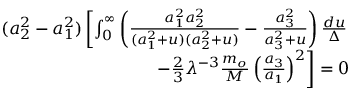
\begin{array} { r l r } & { } & { ( a _ { 2 } ^ { 2 } - a _ { 1 } ^ { 2 } ) \left[ \int _ { 0 } ^ { \infty } \left( \frac { a _ { 1 } ^ { 2 } a _ { 2 } ^ { 2 } } { ( a _ { 1 } ^ { 2 } + u ) ( a _ { 2 } ^ { 2 } + u ) } - \frac { a _ { 3 } ^ { 2 } } { a _ { 3 } ^ { 2 } + u } \right) \frac { d u } { \Delta } \right. } \\ & { } & { \left. - \frac { 2 } { 3 } \lambda ^ { - 3 } \frac { m _ { o } } { M } \left( \frac { a _ { 3 } } { a _ { 1 } } \right) ^ { 2 } \right] = 0 } \end{array}